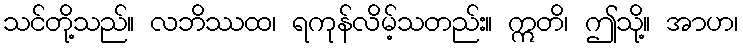
သင်တို့သည်။ လဘိဿထ၊ ရကုန်လိမ့်သတည်း။ ဣတိ၊ ဤသို့။ အာဟ၊